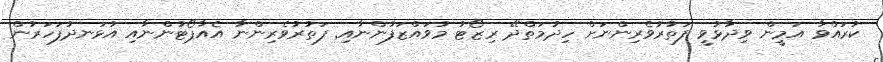
ކުރައްވާ އަމީން ވިދާޅުވީ ފަތުރުވެރިންނަށް ހިދުމަތްދޭ ރިޒޯޓު މުވައްޒަފުންނާއި